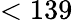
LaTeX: <139